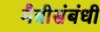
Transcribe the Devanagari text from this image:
मैत्रीसंबंधी